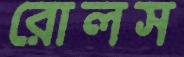
রোলস